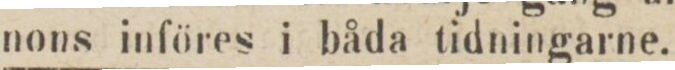
nons införes i båda tidningarne.